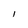
Character: l